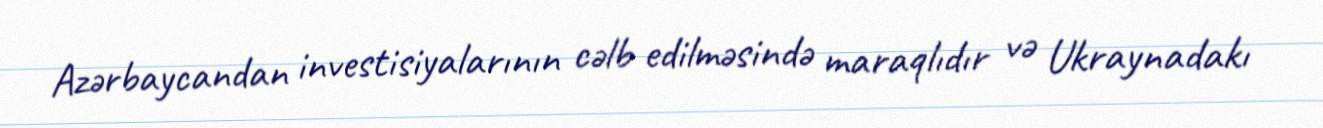
Azərbaycandan investisiyalarının cəlb edilməsində maraqlıdır və Ukraynadakı